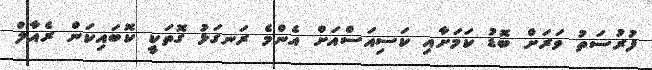
ފުރުސަތު ވަރަށް ބޮޑު ކަމަށާއި ކަސިއަސްއަށް އެންމެ ރަނގަޅު ގޮތަކީ ކޮބައިކަން ރެއާލް